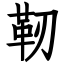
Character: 靭